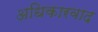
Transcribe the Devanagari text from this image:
अधिकारवाद